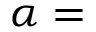
\alpha =